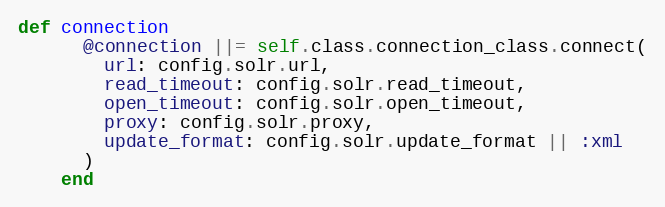
Language: Ruby
def connection
      @connection ||= self.class.connection_class.connect(
        url: config.solr.url,
        read_timeout: config.solr.read_timeout,
        open_timeout: config.solr.open_timeout,
        proxy: config.solr.proxy,
        update_format: config.solr.update_format || :xml
      )
    end